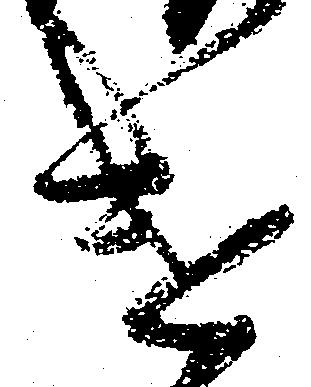
遣